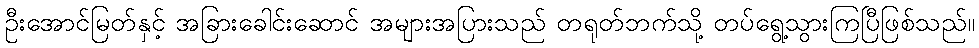
ဦးအောင်မြတ်နှင့် အခြားခေါင်းဆောင် အများအပြားသည် တရုတ်ဘက်သို့ တပ်ရွေ့သွားကြပြီဖြစ်သည်။